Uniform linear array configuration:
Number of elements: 24
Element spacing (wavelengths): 0.75
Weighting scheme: kaiser
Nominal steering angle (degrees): -45
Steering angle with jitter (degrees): -44.718
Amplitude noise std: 0.05
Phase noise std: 0.05

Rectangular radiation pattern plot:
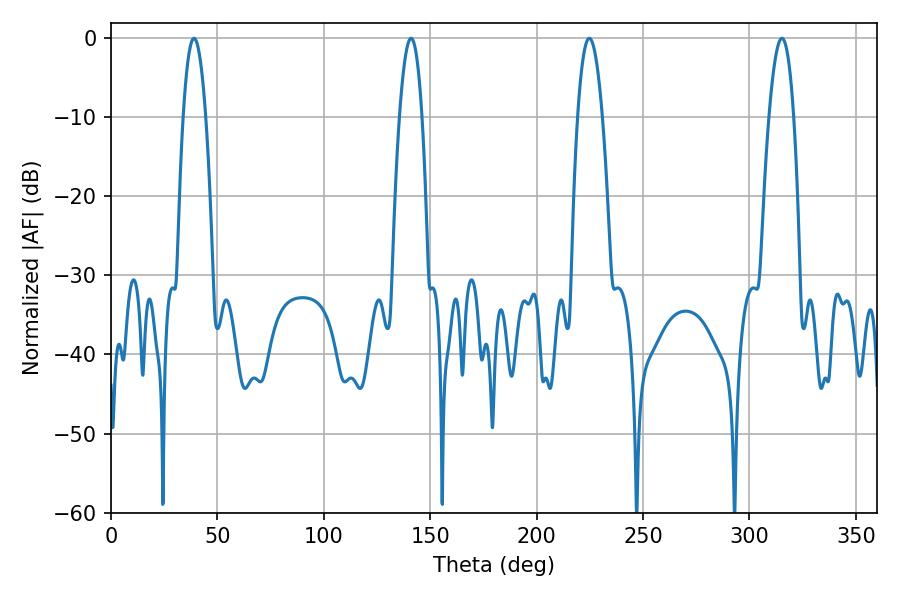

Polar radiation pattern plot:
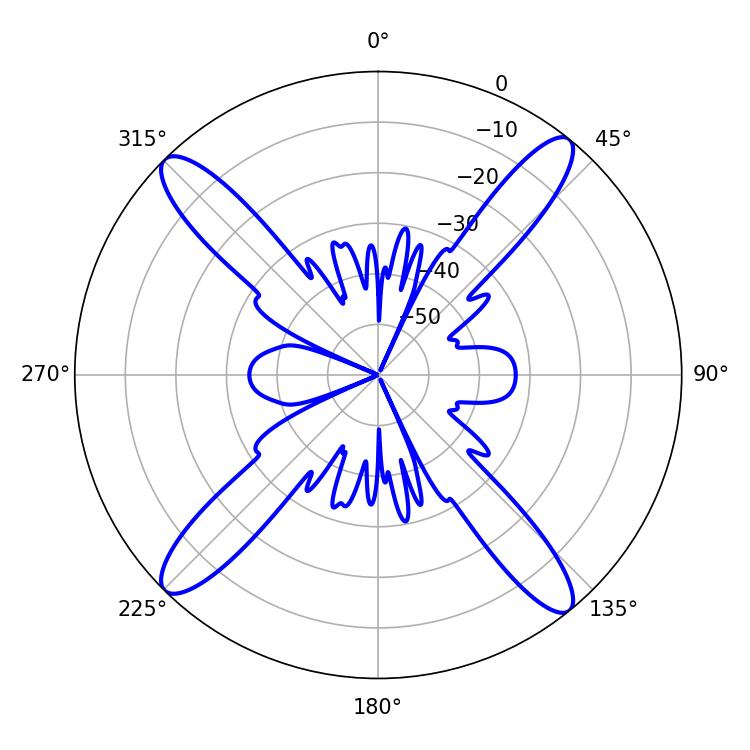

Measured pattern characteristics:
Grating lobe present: TRUE
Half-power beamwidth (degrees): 5.76
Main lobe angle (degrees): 39.06